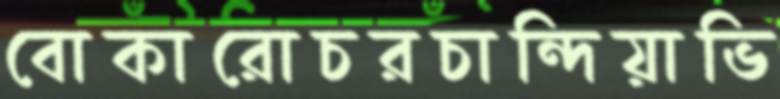
বোকারোচরচান্দিয়াভি